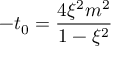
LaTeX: - t _ { 0 } = \frac { 4 \xi ^ { 2 } m ^ { 2 } } { 1 - \xi ^ { 2 } }